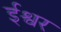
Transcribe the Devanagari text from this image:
र्इश्वर